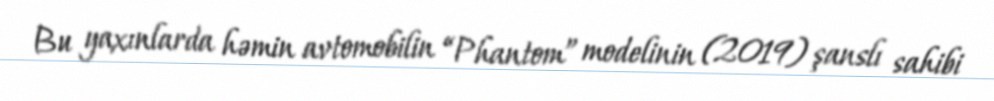
Bu yaxınlarda həmin avtomobilin “Phantom” modelinin (2019) şanslı sahibi